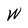
Character: W